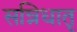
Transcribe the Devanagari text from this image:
सन्निधातृ